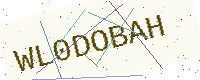
Text: WL0DOBAH